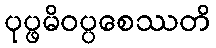
ပုပ္ဖမိဝပ္ပစေဿတိ